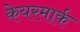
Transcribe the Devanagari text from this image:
केयरमार्क